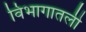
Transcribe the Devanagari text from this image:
विभागातली